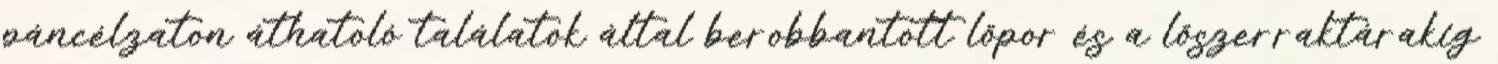
páncélzaton áthatoló találatok által berobbantott lőpor és a lőszerraktárakig